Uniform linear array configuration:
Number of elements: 32
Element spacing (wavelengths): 0.25
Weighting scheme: cosine
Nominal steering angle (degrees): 60
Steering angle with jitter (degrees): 58.031
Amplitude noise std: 0.05
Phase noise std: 0.05

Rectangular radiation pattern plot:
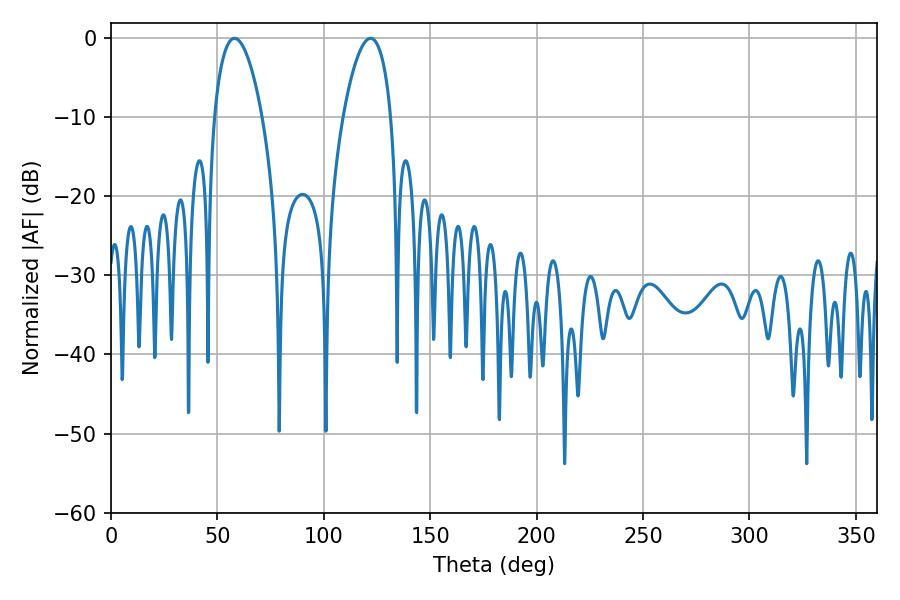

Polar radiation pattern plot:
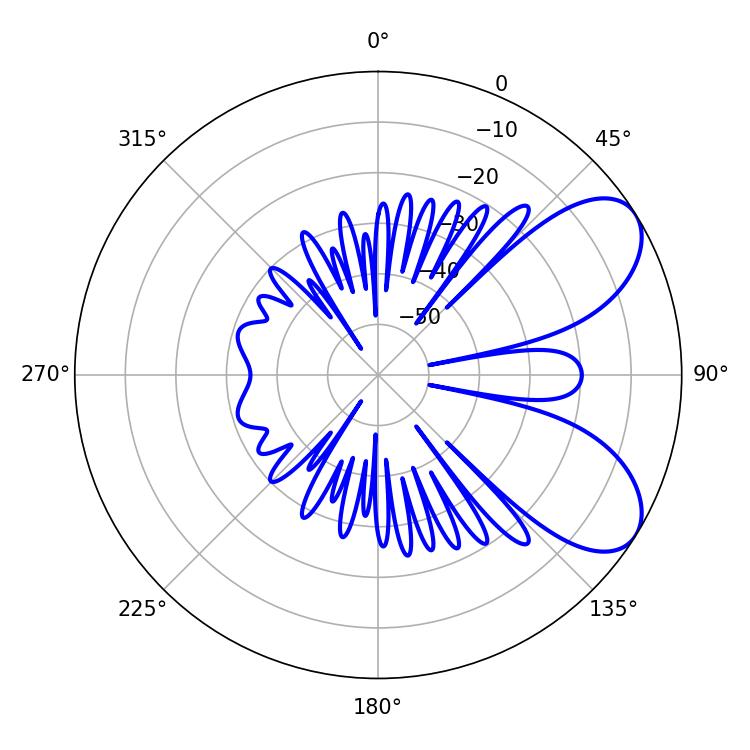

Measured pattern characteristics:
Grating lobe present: FALSE
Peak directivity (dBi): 6.965
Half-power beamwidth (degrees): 12.6
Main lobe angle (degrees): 57.96